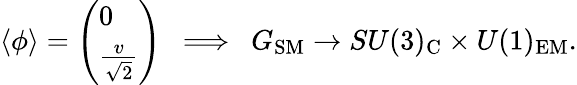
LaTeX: \langle\phi\rangle=\left(\begin{array}{l}{{0}}\\ {{{\frac{v}{\sqrt 2}}}}\end{array}\right)\ \ \Longrightarrow\ \ G_{\mathrm{SM}}\rightarrow SU(3)_{\mathrm{C}}\times U(1)_{\mathrm{EM}}.